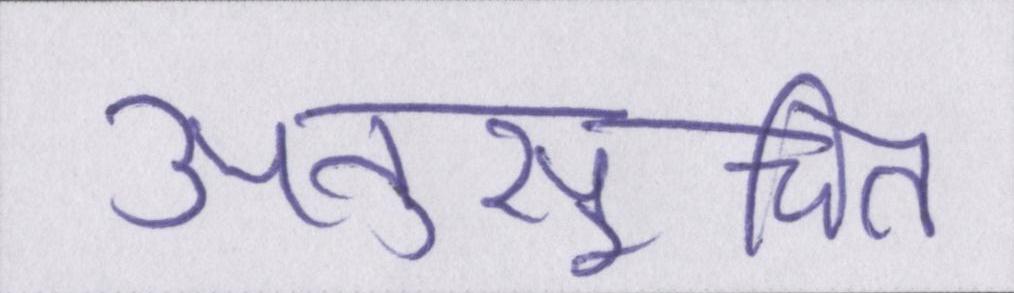
अनुसूचित